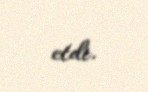
etdi.